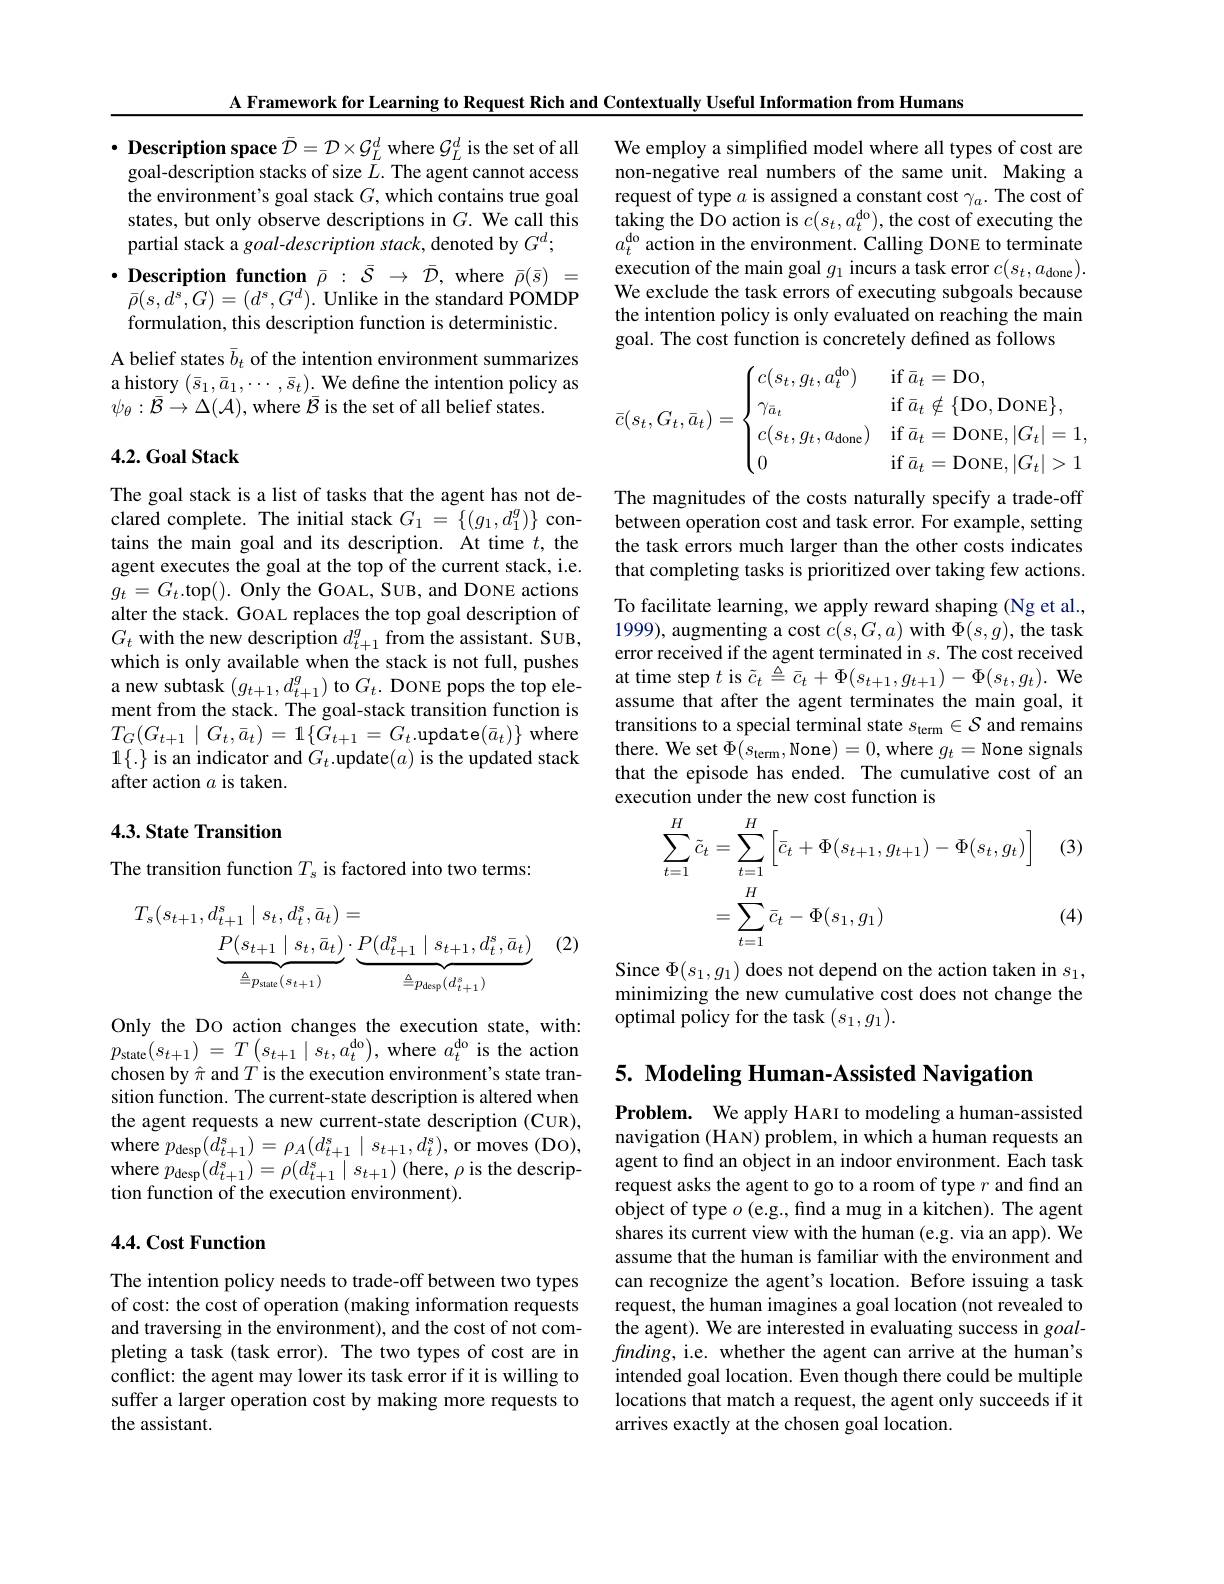
A Framework for Learning to Request Rich and Contextually Useful Information from Humans

We employ a simplified model where all types of cost are non-negative real numbers of the same unit. Making a request of type $a$ is assigned a constant cost $\gamma_a.$ The cost of taking the Do action is $c(s_t,a_t^{\mathrm{do}})$, the cost of executing the $a_t^\mathrm{do}$ action in the environment. Calling DONE to terminate execution of the main goal $g_1$ incurs a task error $c(s_t,a_{\mathrm{done}}).$ We exclude the task errors of executing subgoals because the intention policy is only evaluated on reaching the main goal. The cost function is concretely defined as follows

$\cdot$ Description space $\bar{\mathcal{D}}=\mathcal{D}\times\mathcal{G}_{L}^{d}$ where $\mathcal{G}_L^d$ is the set of all goal-description stacks of size $L.$ The agent cannot access the environment's goal stack $G$, which contains true goal states, but only observe descriptions in $G.$ We call this partial stack a goal-description stack, denoted by $G^d;$
$\cdot$ Description function $\bar{\rho}:\bar{\mathcal{S}}\to\bar{\mathcal{D}}$, where $\bar{\rho}(\bar{s})=$ $\bar{\rho}(s,d^{s},G)=(d^{s},G^{d}).$ Unlike in the standard POMDP formulation, this description function is deterministic.
A belief states $\bar{b}_t$ of the intention environment summarizes a history $(\bar{s}_1,\bar{a}_1,\cdots,\bar{s}_t).$ We define the intention policy as $\psi_{\theta}:\bar{\mathcal{B}}\to\Delta(\mathcal{A})$, where $\bar{\mathcal{B}}$ is the set of all belief states.
$$\bar{c}(s_t,G_t,\bar{a}_t)=\begin{cases}c(s_t,g_t,a_t^{\text{do}})&\text{if}\bar{a}_t=\text{Do},\\\gamma_{\bar{a}_t}&\text{if}\bar{a}_t\notin\{\text{Do},\text{DoNE}\},\\c(s_t,g_t,a_{\text{done}})&\text{if}\bar{a}_t=\text{DoNE},|G_t|=1,\\0&\text{if}\bar{a}_t=\text{DoNE},|G_t|>1\end{cases}$$
### $4. 2. \textbf{Goal Stack}$

The goal stack is a list of tasks that the agent has not declared complete. The initial stack $G_1=\{(g_1,d_1^g)\}$ contains the main goal and its description. At time $t$, the agent executes the goal at the top of the current stack, i.e. $g_{t}=G_{t}$.top(). Only the GOAL, SUB, and DONE actions alter the stack. GOAL replaces the top goal description of $G_{t}$ with the new description $d_t+1^g$ from the assistant. SUB, which is only available when the stack is not full, pushes a new subtask $(g_{t+1},d_{t+1}^{g})$ to $G_t.$ DONE pops the top element from the stack. The goal-stack transition function is $T_{G}(G_{t+1}\mid G_{t},\bar{a}_{t})=1\{G_{t+1}=G_{t}.$update$(\bar{a}_{t})\}$ where $1\{.\}$ is an indicator and $G_t.$update$(a)$ is the updated stack after action $a$ is taken.

The magnitudes of the costs naturally specify a trade-off between operation cost and task error. For example, setting the task errors much larger than the other costs indicates that completing tasks is prioritized over taking few actions. To facilitate learning, we apply reward shaping (Ng et al., 1999), augmenting a cost $c(s,G,a)$ with $\Phi(s,g)$, the task error received if the agent terminated in $s.$ The cost received at time step $t$ is $\tilde{c}_t\triangleq\bar{c}_t+\Phi(s_{t+1},g_{t+1})-\Phi(s_t,g_t).$ We assume that after the agent terminates the main goal, it transitions to a special terminal state $s_\mathrm{term}\in \mathcal{S}$ and remains there. We set $\Phi(s_{\mathrm{term}}$,None)=0,where $g_t=$None signals that the episode has ended. The cumulative cost of an execution under the new cost function is

## 4.3. State Transition

(3)

The transition function $T_{s}$ is factored into two terms:
$$\begin{aligned}\sum_{t=1}^{H}\tilde{c}_{t}&=\sum_{t=1}^{H}\left[\bar{c}_{t}+\Phi(s_{t+1},g_{t+1})-\Phi(s_{t},g_{t})\right]\\&=\sum_{t=1}^{H}\bar{c}_{t}-\Phi(s_{1},g_{1})\end{aligned}$$
(4)

(2)
$$\begin{aligned}T_{s}(s_{t+1},d_{t+1}^{s}\mid s_{t},d_{t}^{s},\bar{a}_{t})&=\\&\underbrace{P(s_{t+1}\mid s_{t},\bar{a}_{t})}_{\triangleq p_{\mathrm{sute}}(s_{t+1})}\cdot\underbrace{P(d_{t+1}^{s}\mid s_{t+1},d_{t}^{s},\bar{a}_{t})}_{\triangleq p_{\mathrm{desp}}(d_{t+1}^{s})}\end{aligned}$$
Since $\Phi(s_1,g_1)$ does not depend on the action taken in $s_1$, minimizing the new cumulative cost does not change the optimal policy for the task $(s_1,g_1).$

5. Modeling Human-Assisted Navigation

Only the Do action changes the execution state, with: $p_{\mathrm{state}}( s_{t+ 1})$ = $T\left ( s_{t+ 1}\mid s_{t}, a_{t}^{\mathrm{do}}\right ) $,where $a_{t}^{\mathrm{do}}$ is the action chosen by $\hat{\pi}$ and $T$ is the execution environment's state transition function. The current-state description is altered when the agent requests a new current-state description (CUR), where $p_{\mathrm{desp}}( d_{t+ 1}^{s}) = \rho _{A}( d_{t+ 1}^{s}\mid s_{t+ 1}, d_{t}^{s}) $,or moves (Do), where $p_{\mathrm{desp}}( d_{t+ 1}^{s}) = \rho ( d_{t+ 1}^{s}\mid s_{t+ 1})$(here, $\rho$ is the description function of the execution environment).

## $4. 4. \textbf{Cost Function}$

Problem. We apply HARI to modeling a human-assisted navigation (HAN) problem, in which a human requests an agent to find an object in an indoor environment. Each task request asks the agent to go to a room of type $r$ and find an object of type $o$ (e.g., find a mug in a kitchen). The agent shares its current view with the human (e.g. via an app). We assume that the human is familiar with the environment and can recognize the agent's location. Before issuing a task request, the human imagines a goal location (not revealed to the agent). We are interested in evaluating success in goalfinding, i.e. whether the agent can arrive at the human's intended goal location. Even though there could be multiple locations that match a request, the agent only succeeds if it arrives exactly at the chosen goal location.

The intention policy needs to trade-off between two types of cost: the cost of operation (making information requests and traversing in the environment), and the cost of not completing a task (task error). The two types of cost are in conflict: the agent may lower its task error if it is willing to suffer a larger operation cost by making more requests to the assistant.